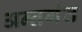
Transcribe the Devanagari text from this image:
अन्तर्गंत